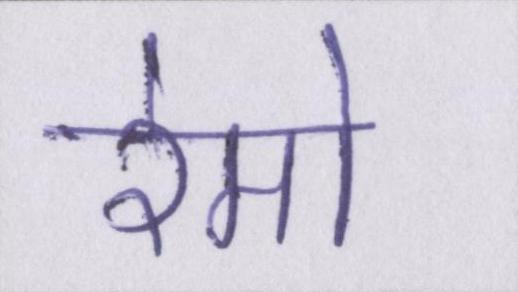
रेमो